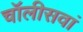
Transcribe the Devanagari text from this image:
चॉलीसवां